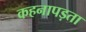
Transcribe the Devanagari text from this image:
कहनापड़ता